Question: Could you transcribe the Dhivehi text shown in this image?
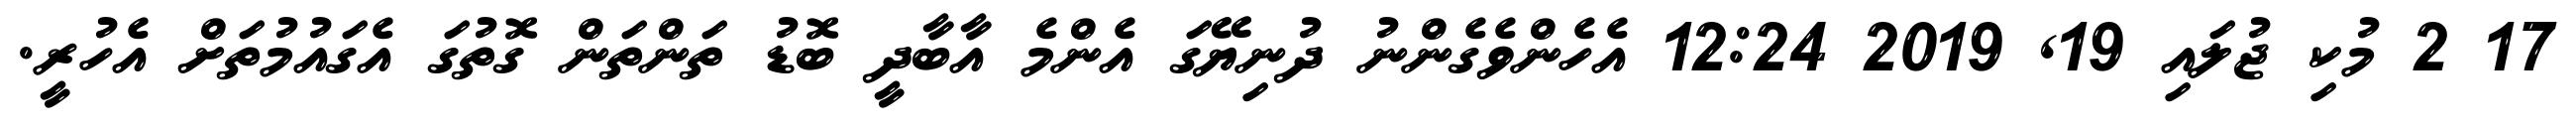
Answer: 17 2 މުކި ޖުލައި 19, 2019 12:24 އެހެންވެގެންނު ދުނިޔޭގަ އެންމެ އާބާދީ ބޮޑު ތަންތަން ގޮތުގަ އެގައުމުތަށް އެހުރީ.